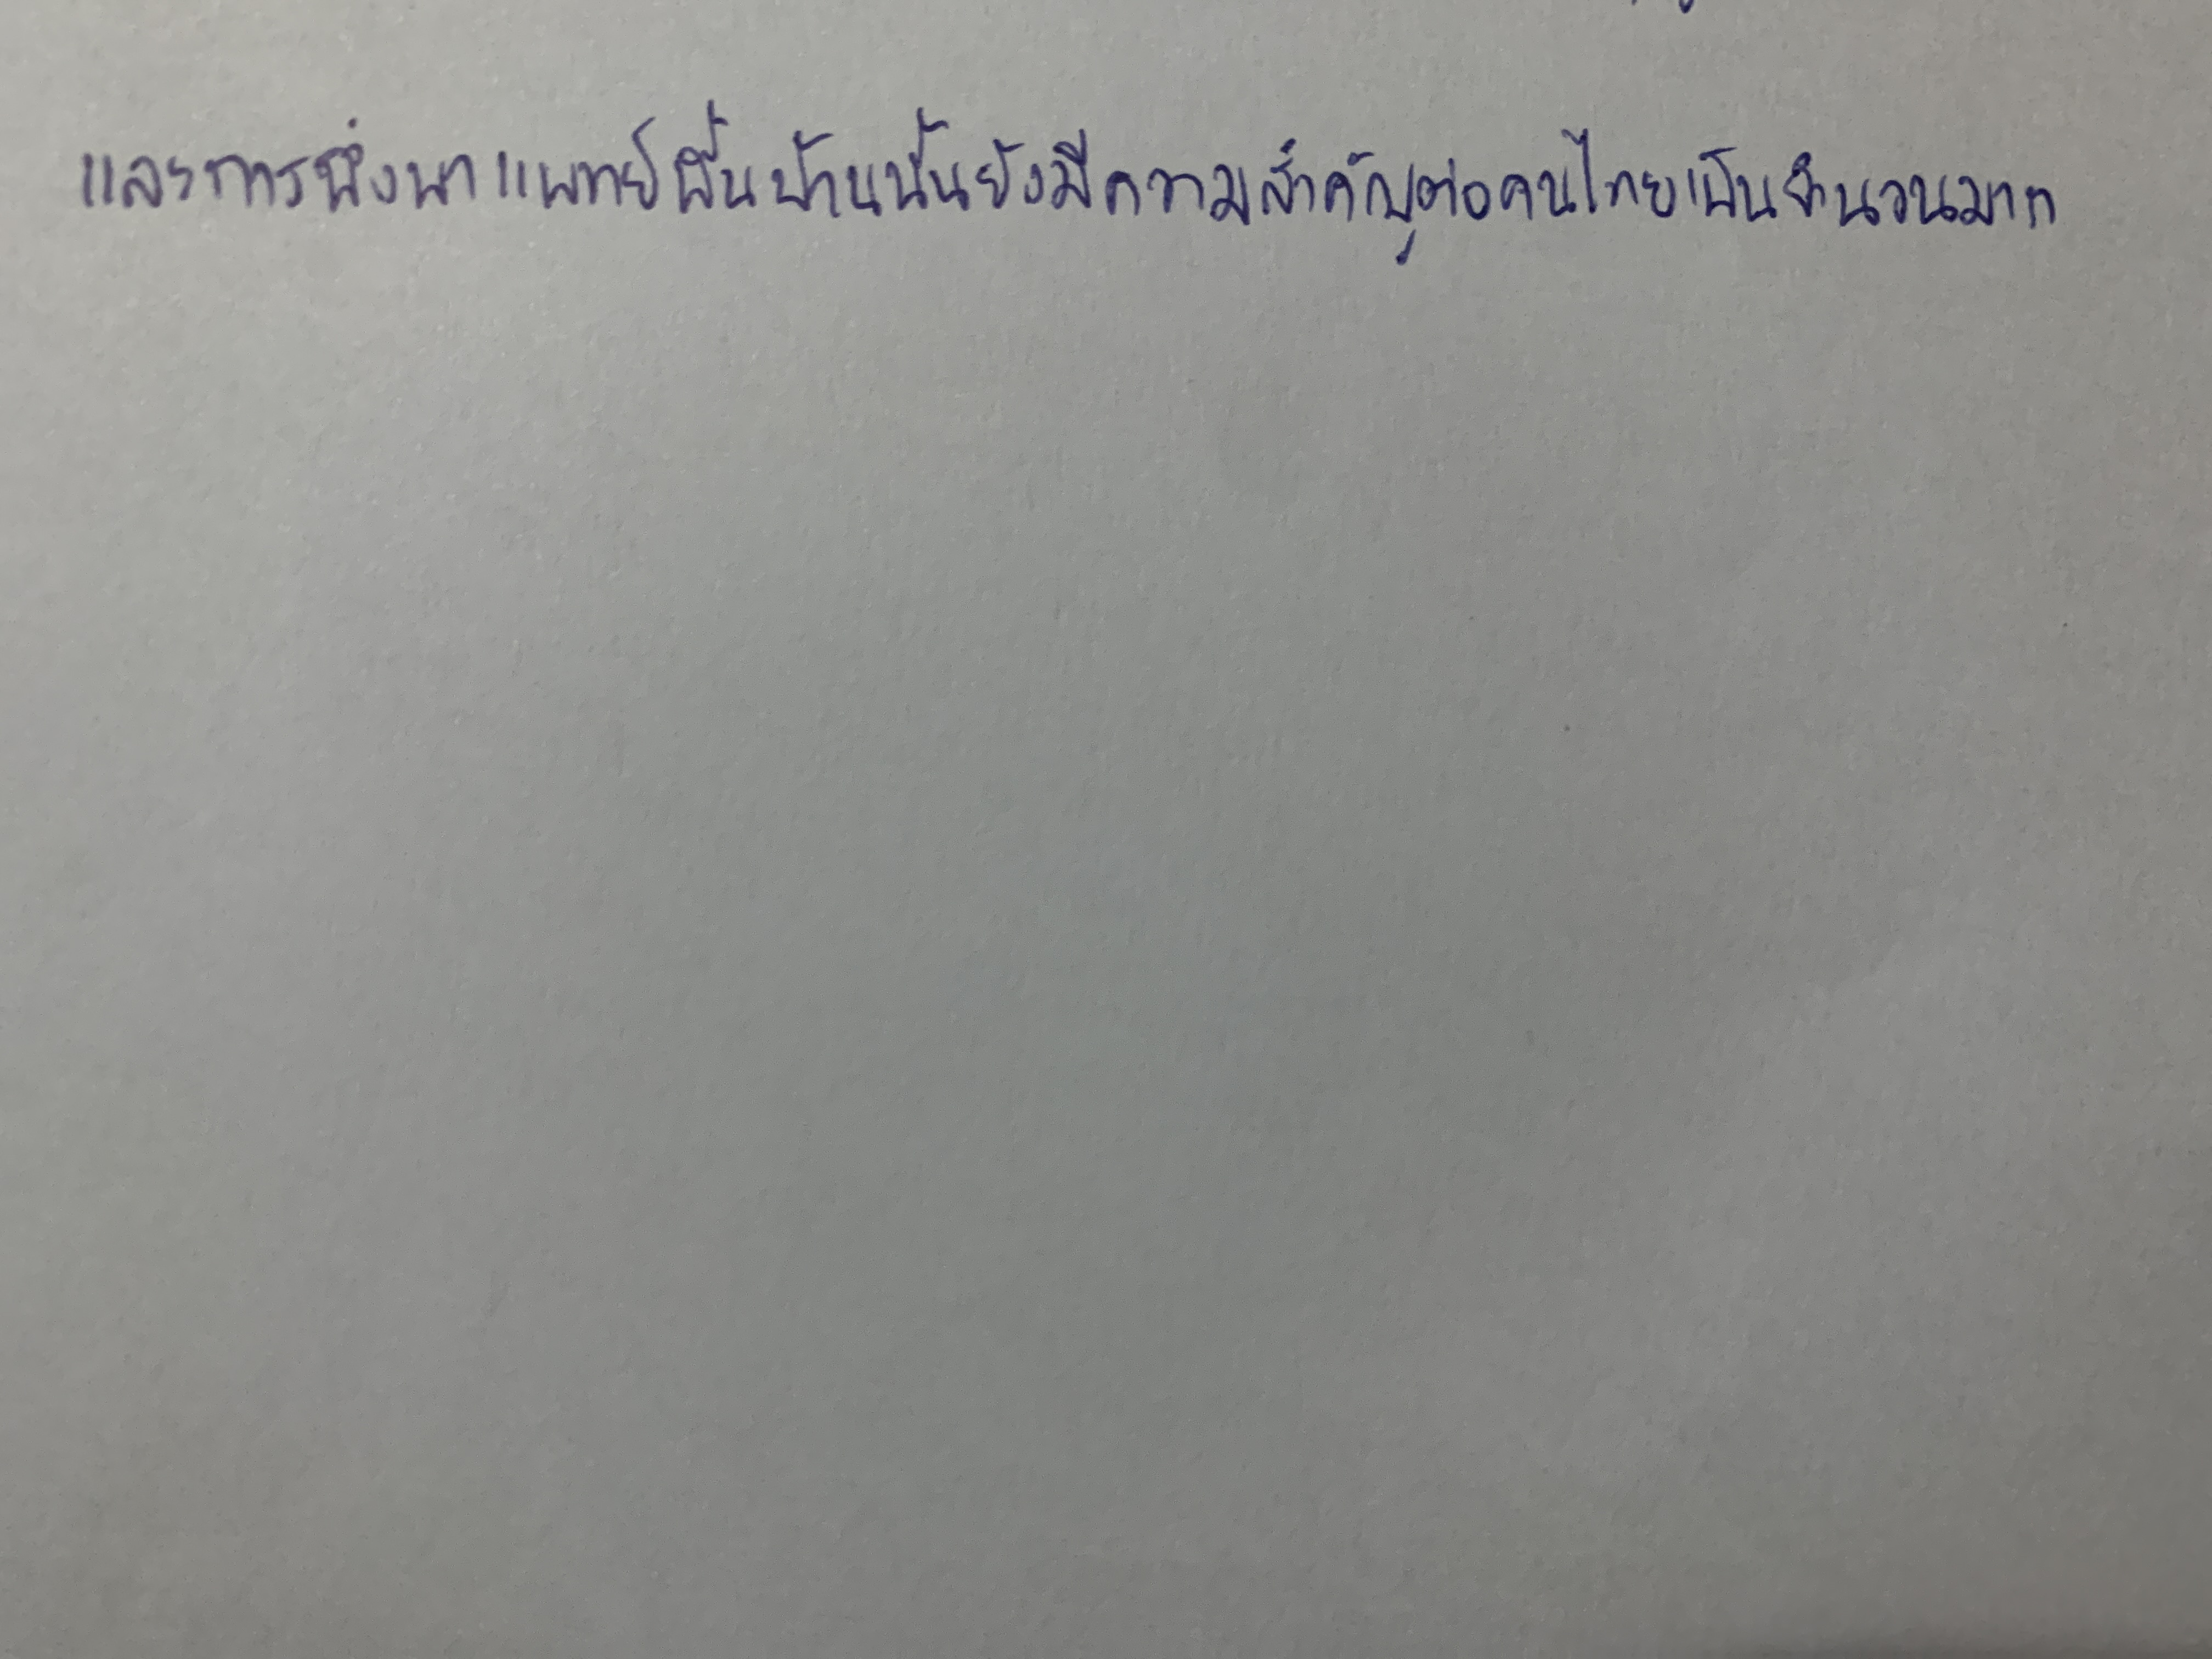
และการพึ่งพาแพทย์พื้นบ้านนั้นยังมีความสำคัญต่อคนไทยเป็นจำนวนมาก